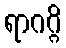
ရာဂဂ္ဂိ